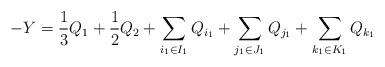
LaTeX: \begin{align*}-Y=\frac{1}{3}Q_1+\frac{1}{2}Q_2+ \sum_{i_1 \in I_1}Q_{i_1}+ \sum_{j_1 \in J_1}Q_{j_1}+ \sum_{k_1 \in K_1}Q_{k_1}\end{align*}